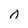
Character: 0